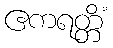
ဧကရတ္တိံ